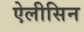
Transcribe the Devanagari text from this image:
ऐलीसिन